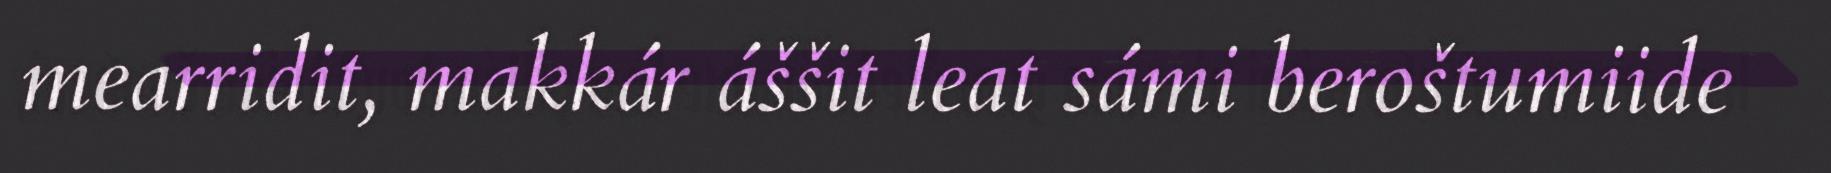
mearridit, makkár áššit leat sámi beroštumiide